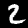
Label: 2